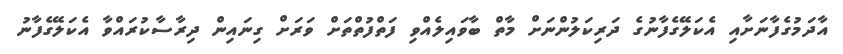
އާދަމުގެފާނަށާއި އެކަލޭގެފާނުގެ ދަރިކަލުންނަށް މާތް ބާވައިލެއްވި ފަތްފުތްތަށް ވަރަށް ގިނައިން ދިރާސާކުރައްވާ އެކަލޭގެފާނު